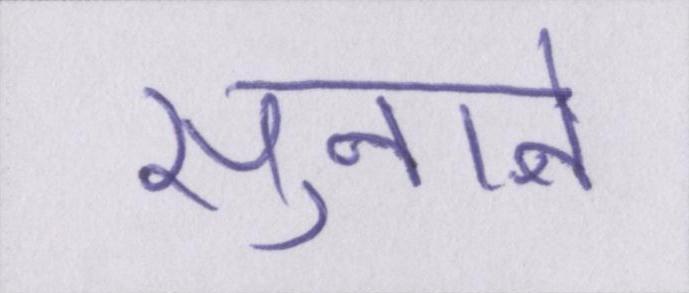
सुनाने